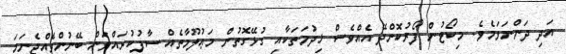
އަދި ދަންނަވަމެވެ. މިކޯޓުން ފޯރުކޮށްދޭ އެއްވެސް ޚިދުމަތަކާއި ގުޅޭގޮތުން މަޢުލޫމާތެއް ސާފުކުރައްވަން ބޭނުންވެއްޖެނަމަ